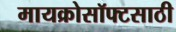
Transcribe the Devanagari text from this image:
मायक्रोसॉफ्टसाठी